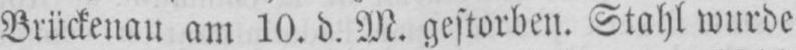
Brückenau am 10. d. M. gestorben. Stahl wurde